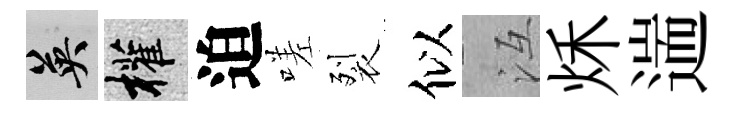
英權迫嗟裂似冱秌遄